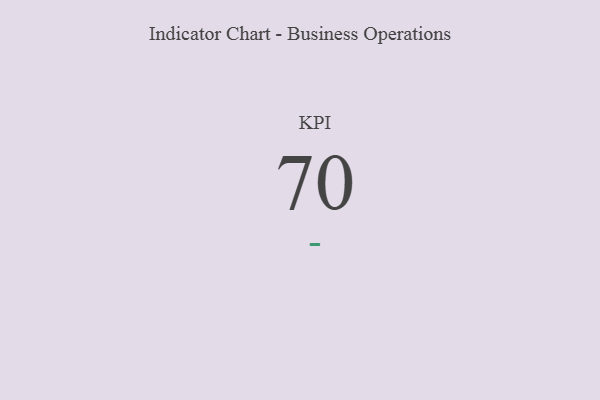
{"axis": {"x": "KPI", "y": "Value"}, "legend": [""], "data": [{"x": "KPI", "y": 70, "type": ""}]}